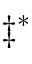
\ddagger ^ { * }